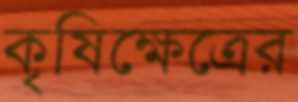
কৃষিক্ষেত্রের